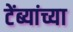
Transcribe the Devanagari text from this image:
टेंब्यांच्या